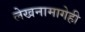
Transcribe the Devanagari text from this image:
लेखनामागेही